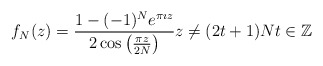
\begin{align*}f_{N}(z) = \frac{1- (-1)^{N} e^{\pi \imath z}}{2 \cos \left( \frac{\pi z}{2N} \right) } z \neq (2t+1)N t \in \mathbb{Z}\end{align*}